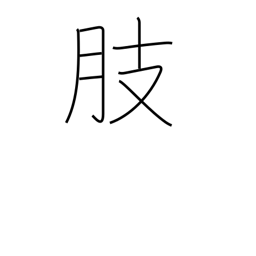
Meaning: limb